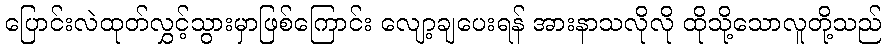
ပြောင်းလဲထုတ်လွှင့်သွားမှာဖြစ်ကြောင်း လျော့ချပေးရန် အားနာသလိုလို ထိုသို့သောလူတို့သည်